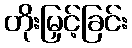
တိုးမြှင့်ခြင်း